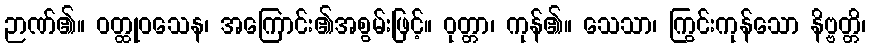
ဉာဏ်၏။ ဝတ္ထုဝသေန၊ အကြောင်း၏အစွမ်းဖြင့်။ ဝုတ္တာ၊ ကုန်၏။ သေသာ၊ ကြွင်းကုန်သော နိဗ္ဗတ္တိ၊